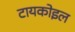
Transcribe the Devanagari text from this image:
टायकोइल